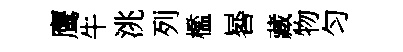
鹰牛洮列檻晷藏物匀